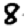
Digit: 8